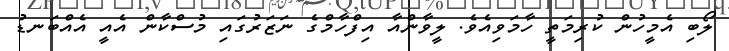
ލޯބި އެމީހުން ކުރިމަތީ ހާމަވިއެވެ. ލީވާންއާ އިފްހާމްގެ ނަޒަރުގައި މުސްކާން އެއީ އެއްބަނޑު